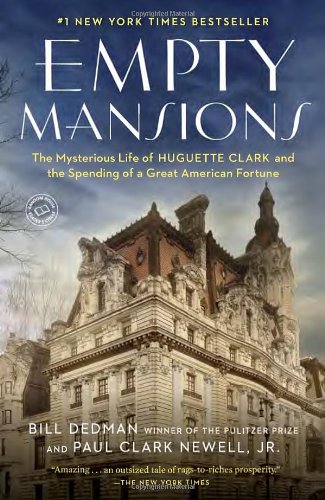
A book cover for Empty Mansions: The Mysterious Life of Huguette Clark and the Spending of a Great American Fortune; Bill Dedman; Biographies & Memoirs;